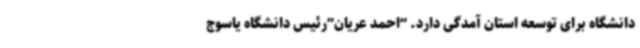
دانشگاه برای توسعه استان آمدگی دارد. “احمد عریان”رئیس دانشگاه یاسوج